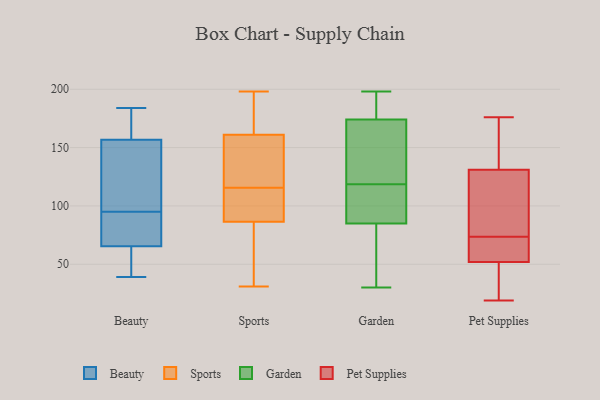
{"axis": {"x": "Market Share (%)", "y": "Value"}, "legend": ["Beauty", "Garden", "Pet Supplies", "Sports"], "data": [{"x": "", "y": 59, "type": "Beauty"}, {"x": "", "y": 158, "type": "Beauty"}, {"x": "", "y": 65, "type": "Beauty"}, {"x": "", "y": 103, "type": "Beauty"}, {"x": "", "y": 80, "type": "Beauty"}, {"x": "", "y": 174, "type": "Beauty"}, {"x": "", "y": 184, "type": "Beauty"}, {"x": "", "y": 39, "type": "Beauty"}, {"x": "", "y": 95, "type": "Beauty"}, {"x": "", "y": 67, "type": "Beauty"}, {"x": "", "y": 153, "type": "Beauty"}, {"x": "", "y": 180, "type": "Sports"}, {"x": "", "y": 141, "type": "Sports"}, {"x": "", "y": 84, "type": "Sports"}, {"x": "", "y": 154, "type": "Sports"}, {"x": "", "y": 94, "type": "Sports"}, {"x": "", "y": 89, "type": "Sports"}, {"x": "", "y": 135, "type": "Sports"}, {"x": "", "y": 146, "type": "Sports"}, {"x": "", "y": 51, "type": "Sports"}, {"x": "", "y": 91, "type": "Sports"}, {"x": "", "y": 173, "type": "Sports"}, {"x": "", "y": 198, "type": "Sports"}, {"x": "", "y": 43, "type": "Sports"}, {"x": "", "y": 168, "type": "Sports"}, {"x": "", "y": 96, "type": "Sports"}, {"x": "", "y": 31, "type": "Sports"}, {"x": "", "y": 85, "type": "Garden"}, {"x": "", "y": 174, "type": "Garden"}, {"x": "", "y": 198, "type": "Garden"}, {"x": "", "y": 178, "type": "Garden"}, {"x": "", "y": 94, "type": "Garden"}, {"x": "", "y": 96, "type": "Garden"}, {"x": "", "y": 141, "type": "Garden"}, {"x": "", "y": 30, "type": "Garden"}, {"x": "", "y": 143, "type": "Garden"}, {"x": "", "y": 47, "type": "Garden"}, {"x": "", "y": 52, "type": "Pet Supplies"}, {"x": "", "y": 131, "type": "Pet Supplies"}, {"x": "", "y": 96, "type": "Pet Supplies"}, {"x": "", "y": 62, "type": "Pet Supplies"}, {"x": "", "y": 164, "type": "Pet Supplies"}, {"x": "", "y": 123, "type": "Pet Supplies"}, {"x": "", "y": 55, "type": "Pet Supplies"}, {"x": "", "y": 62, "type": "Pet Supplies"}, {"x": "", "y": 39, "type": "Pet Supplies"}, {"x": "", "y": 162, "type": "Pet Supplies"}, {"x": "", "y": 19, "type": "Pet Supplies"}, {"x": "", "y": 46, "type": "Pet Supplies"}, {"x": "", "y": 85, "type": "Pet Supplies"}, {"x": "", "y": 176, "type": "Pet Supplies"}]}